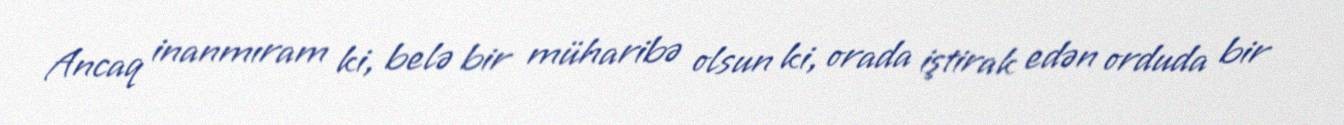
Ancaq inanmıram ki, belə bir müharibə olsun ki, orada iştirak edən orduda bir